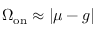
\Omega _ { \mathrm { o n } } \approx | \mu - g |